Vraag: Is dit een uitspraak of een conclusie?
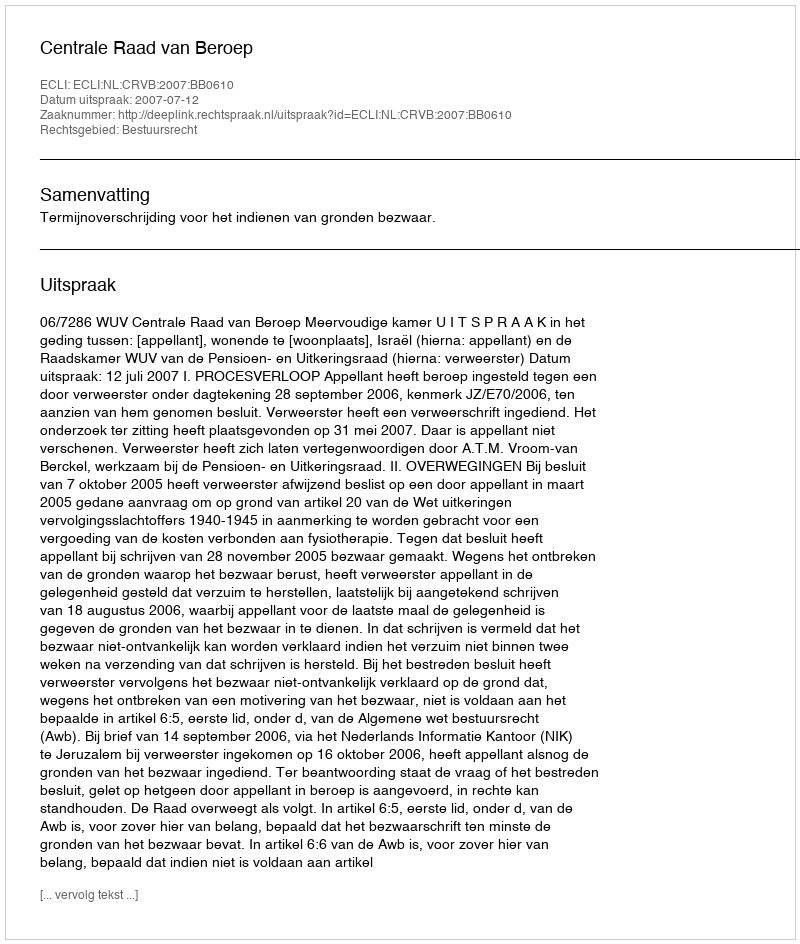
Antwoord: Uitspraak